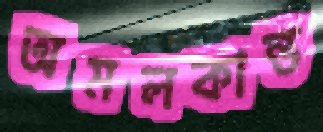
অমলকান্ত